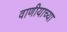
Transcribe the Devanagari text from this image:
वाणीयाच्या